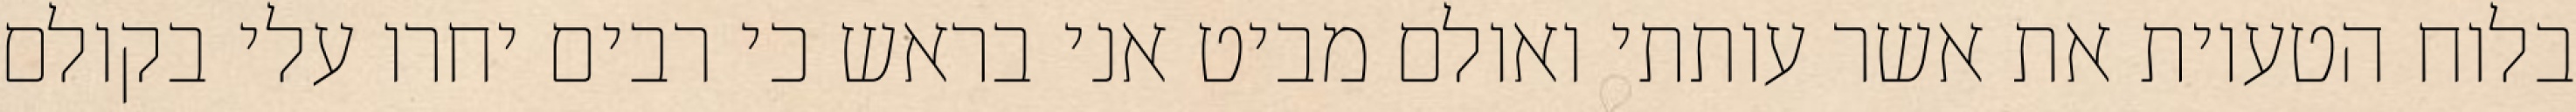
בלוח הטעיות את אשר עותתי ואולם מביט אני בראש כי רבים יחרו עלי בקולם